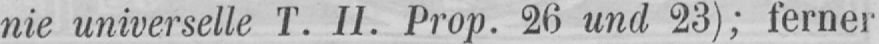
nie universelle T. II. Prop. 26 und 23); ferner